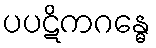
ပပဋိကဂန္ဓေ